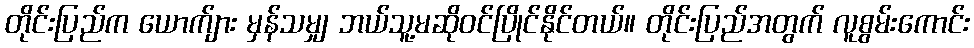
တိုင်းပြည်က ယောက်ျား မှန်သမျှ ဘယ်သူ့မဆိုဝင်ပြိုင်နိုင်တယ်။ တိုင်းပြည်အတွက် လူစွမ်းကောင်း